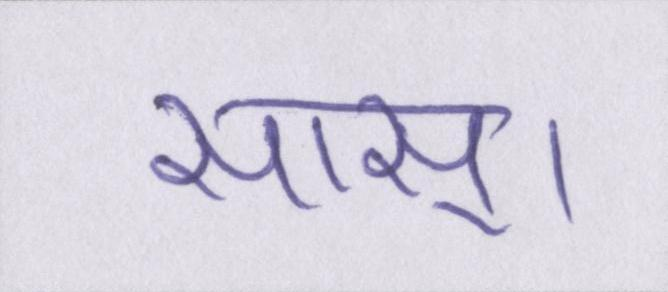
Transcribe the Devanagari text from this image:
सास्।